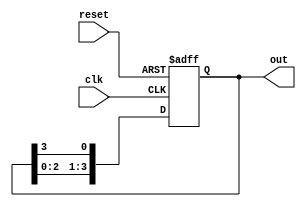
module johnson_counter (
   input clk,
   input reset,
   output reg [3:0] out
);

reg [3:0] temp;

always @(posedge clk or posedge reset) begin
   if (reset) begin
      temp <= 4'b0001;
   end else begin
      temp <= {temp[2:0], temp[3]};
   end
end

assign out = temp;

endmodule